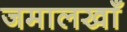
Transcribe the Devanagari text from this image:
जमालखाँ